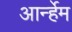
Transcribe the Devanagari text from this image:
आर्न्हेम